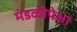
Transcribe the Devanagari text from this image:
मंडळीपेक्षा